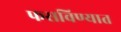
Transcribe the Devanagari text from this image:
फसविण्यात